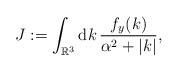
LaTeX: \begin{align*}J:=\int_{\mathbb{R}^3} \mathrm{d} k \,\frac{ f_y(k) }{\alpha^2 + |k|}, \end{align*}